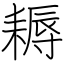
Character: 耨